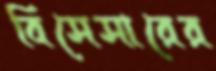
বিসেসারের